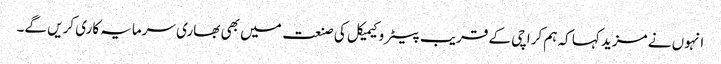
انہوں نے مزید کہا کہ ہم کراچی کے قریب پیٹرو کیمیکل کی صنعت میں بھی بھاری سرمایہ کاری کریں گے۔